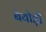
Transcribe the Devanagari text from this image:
बेयोड़ी